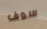
سوف